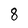
Character: 8